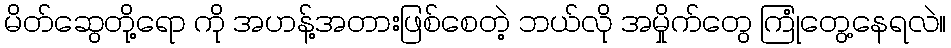
မိတ်ဆွေတို့ရော ကို အဟန့်အတားဖြစ်စေတဲ့ ဘယ်လို အမှိုက်တွေ ကြုံတွေ့နေရလဲ။